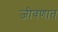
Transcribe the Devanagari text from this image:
जीवणात